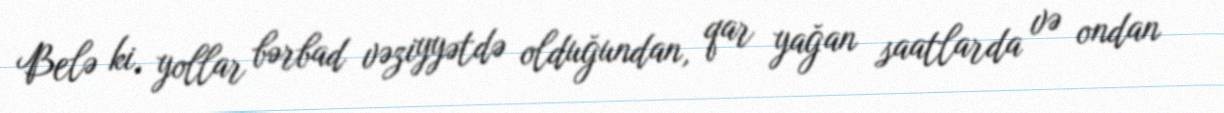
Belə ki, yollar bərbad vəziyyətdə olduğundan, qar yağan saatlarda və ondan